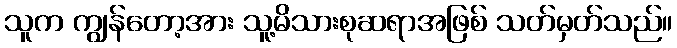
သူက ကျွန်တော့အား သူ့မိသားစုဆရာအဖြစ် သတ်မှတ်သည်။